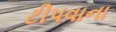
ટીપવાના